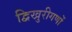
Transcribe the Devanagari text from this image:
द्विखुरीगणों